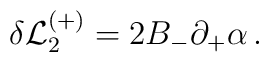
\delta{\cal L}_2^{(+)} = 2 B_-\partial_+\alpha\,.